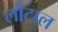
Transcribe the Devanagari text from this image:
लौटाल